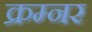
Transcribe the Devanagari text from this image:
क्रम्नर